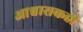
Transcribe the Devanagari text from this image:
आश्वासकही